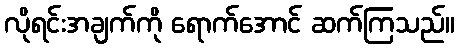
လိုရင်းအချက်ကို ရောက်အောင် ဆက်ကြသည်။